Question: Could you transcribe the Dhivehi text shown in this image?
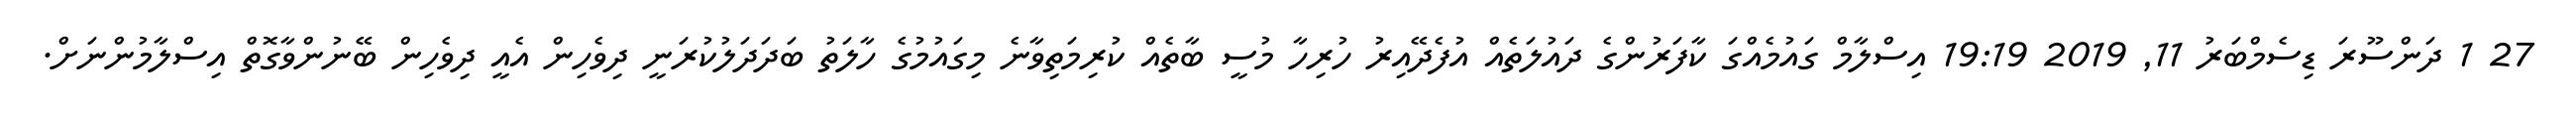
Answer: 27 1 ދަންސޫރަ ޑިސެމްބަރު 11, 2019 19:19 އިސްލާމް ގައުމެއްގަ ކާފަރުންގެ ދައުލަތެއް އުފެދޭއިރު ހުރިހާ މުސީ ބާތެއް ކުރިމަތިވާނެ މިގައުމުގެ ހާލަތު ބަދަދަލުކުރަނީ ދިވެހިން އެއީ ދިވެހިން ބޭނުންވާގޮތް އިސްލާމުންނަށް.